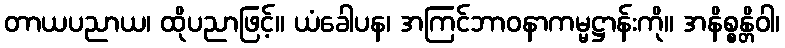
တာယပညာယ၊ ထိုပညာဖြင့်။ ယံခေါပန၊ အကြင်ဘာဝနာကမ္မဋ္ဌာန်းကို။ အနိစ္စန္တိဝါ၊